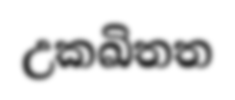
උකඛිතත